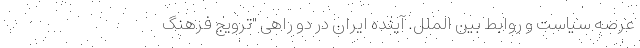
عرصه سیاست و روابط بین الملل. آینده ایران در دو راهی "ترویج فرهنگ